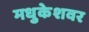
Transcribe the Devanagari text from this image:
मधुकेशवर